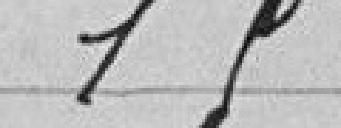
19